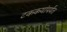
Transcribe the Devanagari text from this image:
टककयांपर्यंत